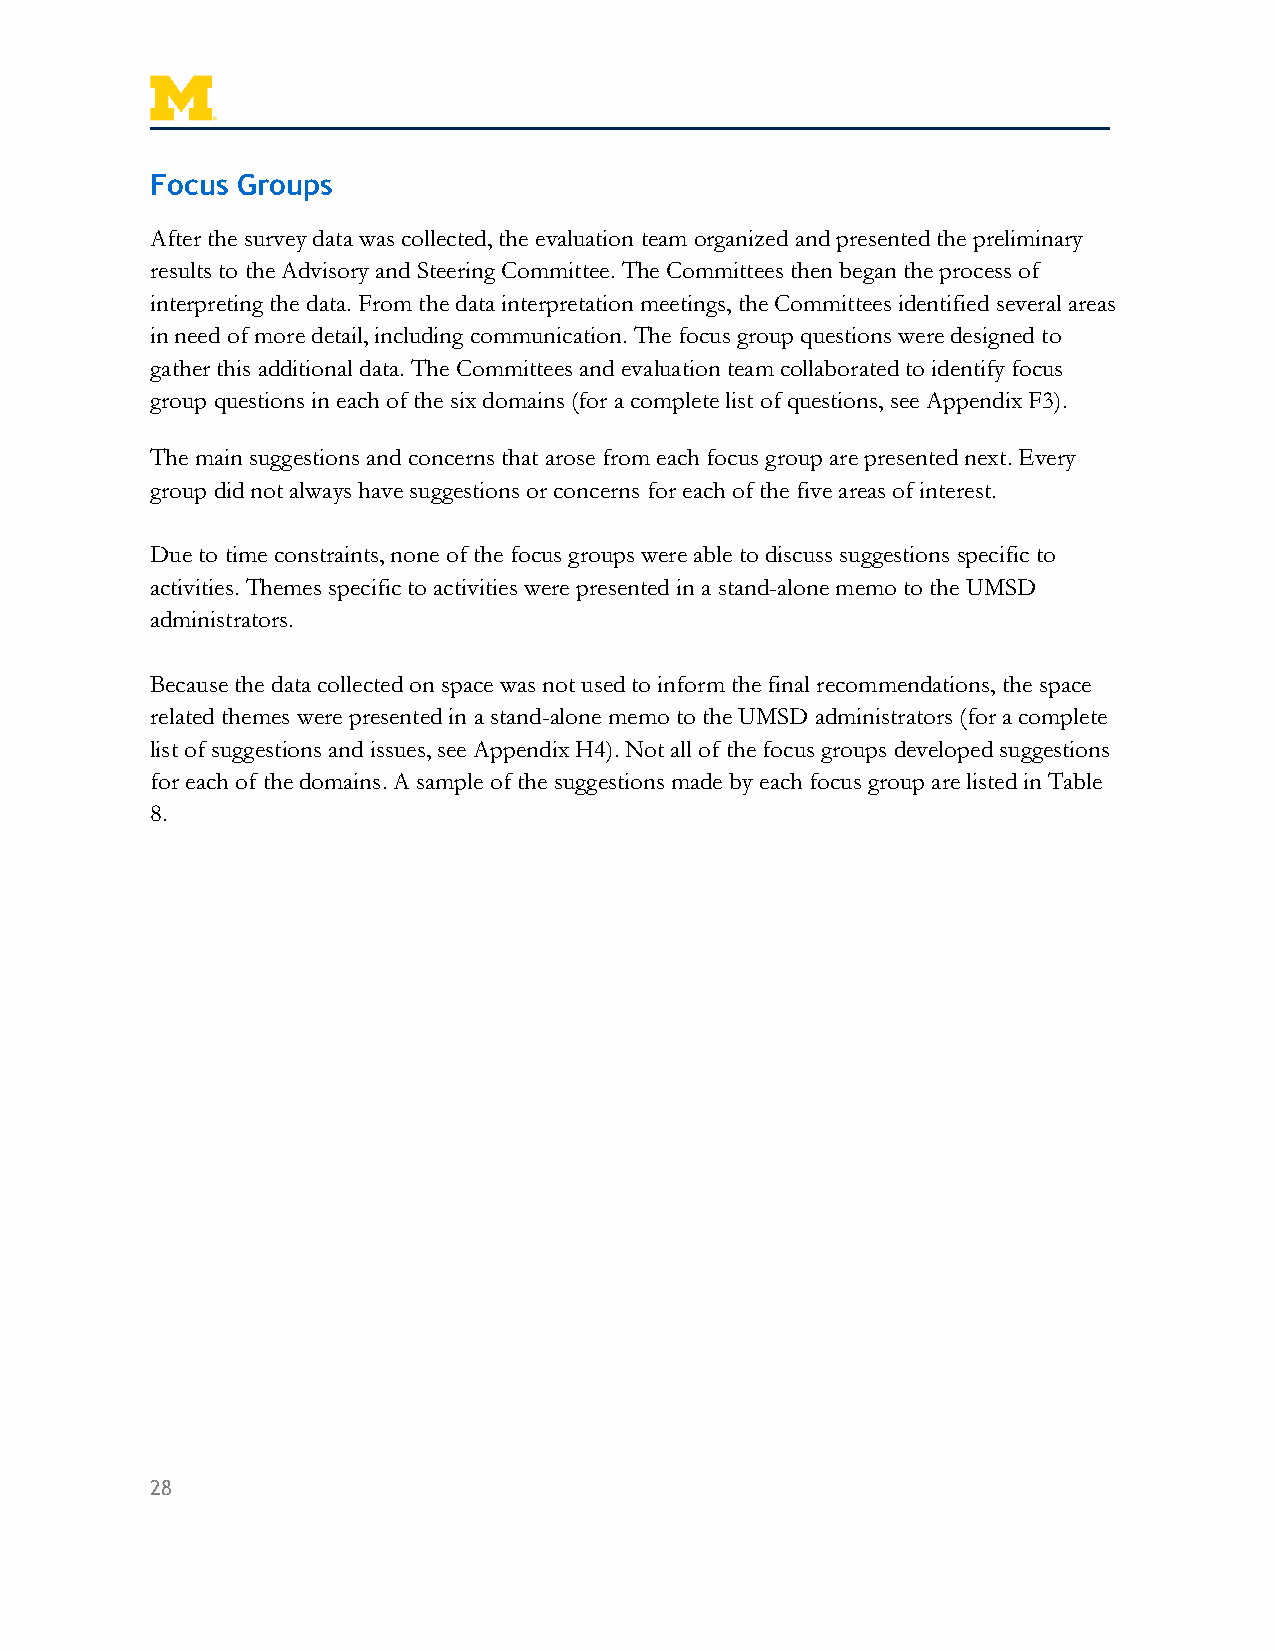
Focus Groups
 After the survey data was collected, the evaluation team organized and presented the preliminary
 results to the Advisory and Steering Committee. The Committees then began the process of
 interpreting the data. From the data interpretation meetings, the Committees identified several areas
 in need of more detail, including communication. The focus group questions were designed to
 gather this additional data. The Committees and evaluation team collaborated to identify focus
 group questions in each of the six domains (for a complete list of questions, see Appendix F3).
 The main suggestions and concerns that arose from each focus group are presented next. Every
 group did not always have suggestions or concerns for each of the five areas of interest.
 Due to time constraints, none of the focus groups were able to discuss suggestions specific to
 activities. Themes specific to activities were presented in a stand-alone memo to the UMSD
 administrators.
 Because the data collected on space was not used to inform the final recommendations, the space
 related themes were presented in a stand-alone memo to the UMSD administrators (for a complete
 list of suggestions and issues, see Appendix H4). Not all of the focus groups developed suggestions
 for each of the domains. A sample of the suggestions made by each focus group are listed in Table
 8.
 28